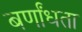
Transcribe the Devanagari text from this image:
बर्णांधता